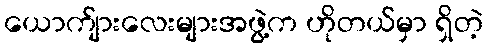
ယောက်ျားလေးများအဖွဲ့က ဟိုတယ်မှာ ရှိတဲ့